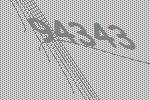
94343